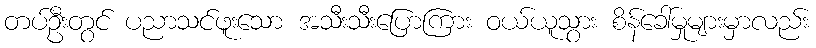
တပ်ဦးတွင် ပညာသင်ဖူးသော အသီးသီးပြောကြား ဝယ်ယူသွား စိန်ခေါ်မှုများမှာလည်း